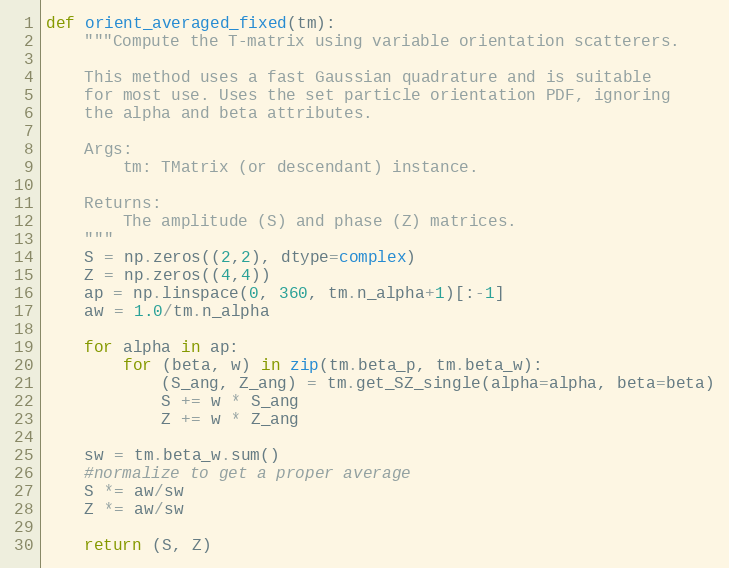
Language: Python
def orient_averaged_fixed(tm):
    """Compute the T-matrix using variable orientation scatterers.

    This method uses a fast Gaussian quadrature and is suitable
    for most use. Uses the set particle orientation PDF, ignoring
    the alpha and beta attributes.

    Args:
        tm: TMatrix (or descendant) instance.

    Returns:
        The amplitude (S) and phase (Z) matrices.
    """
    S = np.zeros((2,2), dtype=complex)
    Z = np.zeros((4,4))
    ap = np.linspace(0, 360, tm.n_alpha+1)[:-1]
    aw = 1.0/tm.n_alpha

    for alpha in ap:
        for (beta, w) in zip(tm.beta_p, tm.beta_w):
            (S_ang, Z_ang) = tm.get_SZ_single(alpha=alpha, beta=beta)
            S += w * S_ang
            Z += w * Z_ang

    sw = tm.beta_w.sum()
    #normalize to get a proper average
    S *= aw/sw
    Z *= aw/sw

    return (S, Z)